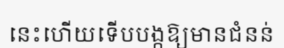
នេះហើយទើបបង្កឱ្យមានជំនន់